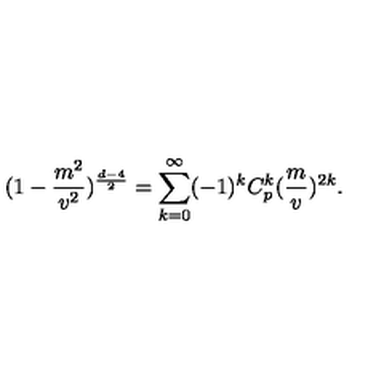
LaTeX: ( 1 - \frac { m ^ { 2 } } { v ^ { 2 } } ) ^ { \frac { d - 4 } { 2 } } = \sum _ { k = 0 } ^ { \infty } ( - 1 ) ^ { k } C _ { p } ^ { k } ( \frac { m } { v } ) ^ { 2 k } .